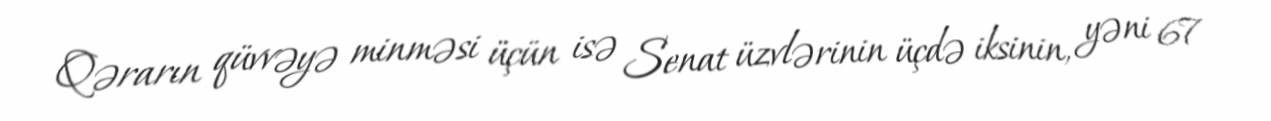
Qərarın qüvvəyə minməsi üçün isə Senat üzvlərinin üçdə iksinin, yəni 67